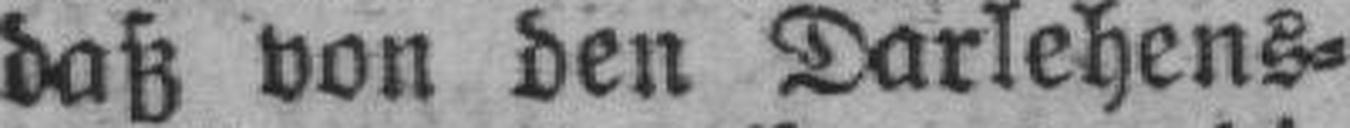
daß von den Darlehens¬